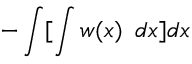
- \int [ \int w ( x ) \ \, d x ] d x